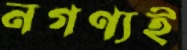
নগণ্যই